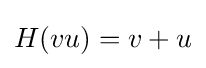
H(vu)=v+u